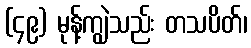
(၄၉) မုန့်ကျွဲသည်း တသပိတ်၊